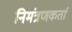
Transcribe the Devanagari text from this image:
निमंत्रणकर्ता